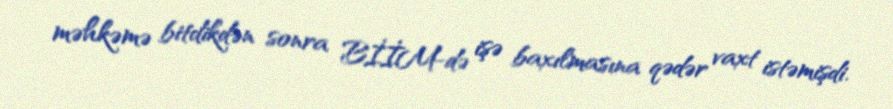
məhkəmə bitdikdən sonra BİİM-də işə baxılmasına qədər vaxt istəmişdi.